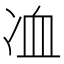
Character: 𠗅